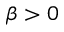
\beta > 0